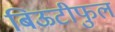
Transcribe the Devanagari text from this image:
बिऊटीफुल